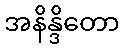
အနိန္ဒိတော